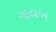
ગાયબ